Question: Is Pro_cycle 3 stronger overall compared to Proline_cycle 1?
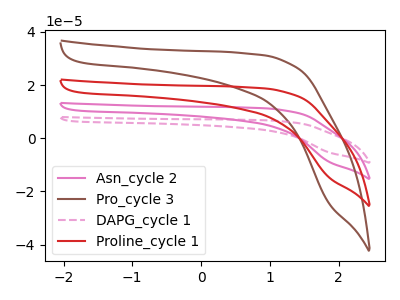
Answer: <think>The pink curve "Asn_cycle 2" has no peaks. The brown curve "Pro_cycle 3" has no peaks. The pink dashed curve "DAPG_cycle 1" has no peaks. The red curve "Proline_cycle 1" has no peaks.
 Neither "Pro_cycle 3" or "Proline_cycle 1" have any peaks.</think>
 <answer>I cant tell if "Pro_cycle 3" or "Proline_cycle 1" has more signal.</answer>
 <eval>mixed_signal</eval>